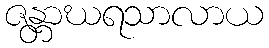
ဇန္တာဃရသာလာယ